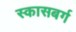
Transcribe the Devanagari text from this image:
स्कासबर्ग